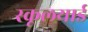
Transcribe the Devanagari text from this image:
स्कूलयार्ड